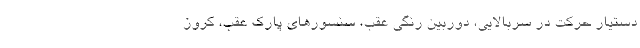
دستیار حرکت در سربالایی، دوربین رنگی عقب، سنسورهای پارک عقب، کروز